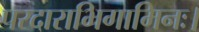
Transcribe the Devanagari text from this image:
परदाराभिगामिनः।